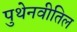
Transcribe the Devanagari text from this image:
पुथेनवीतिल